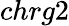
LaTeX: chrg2